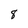
Character: 8